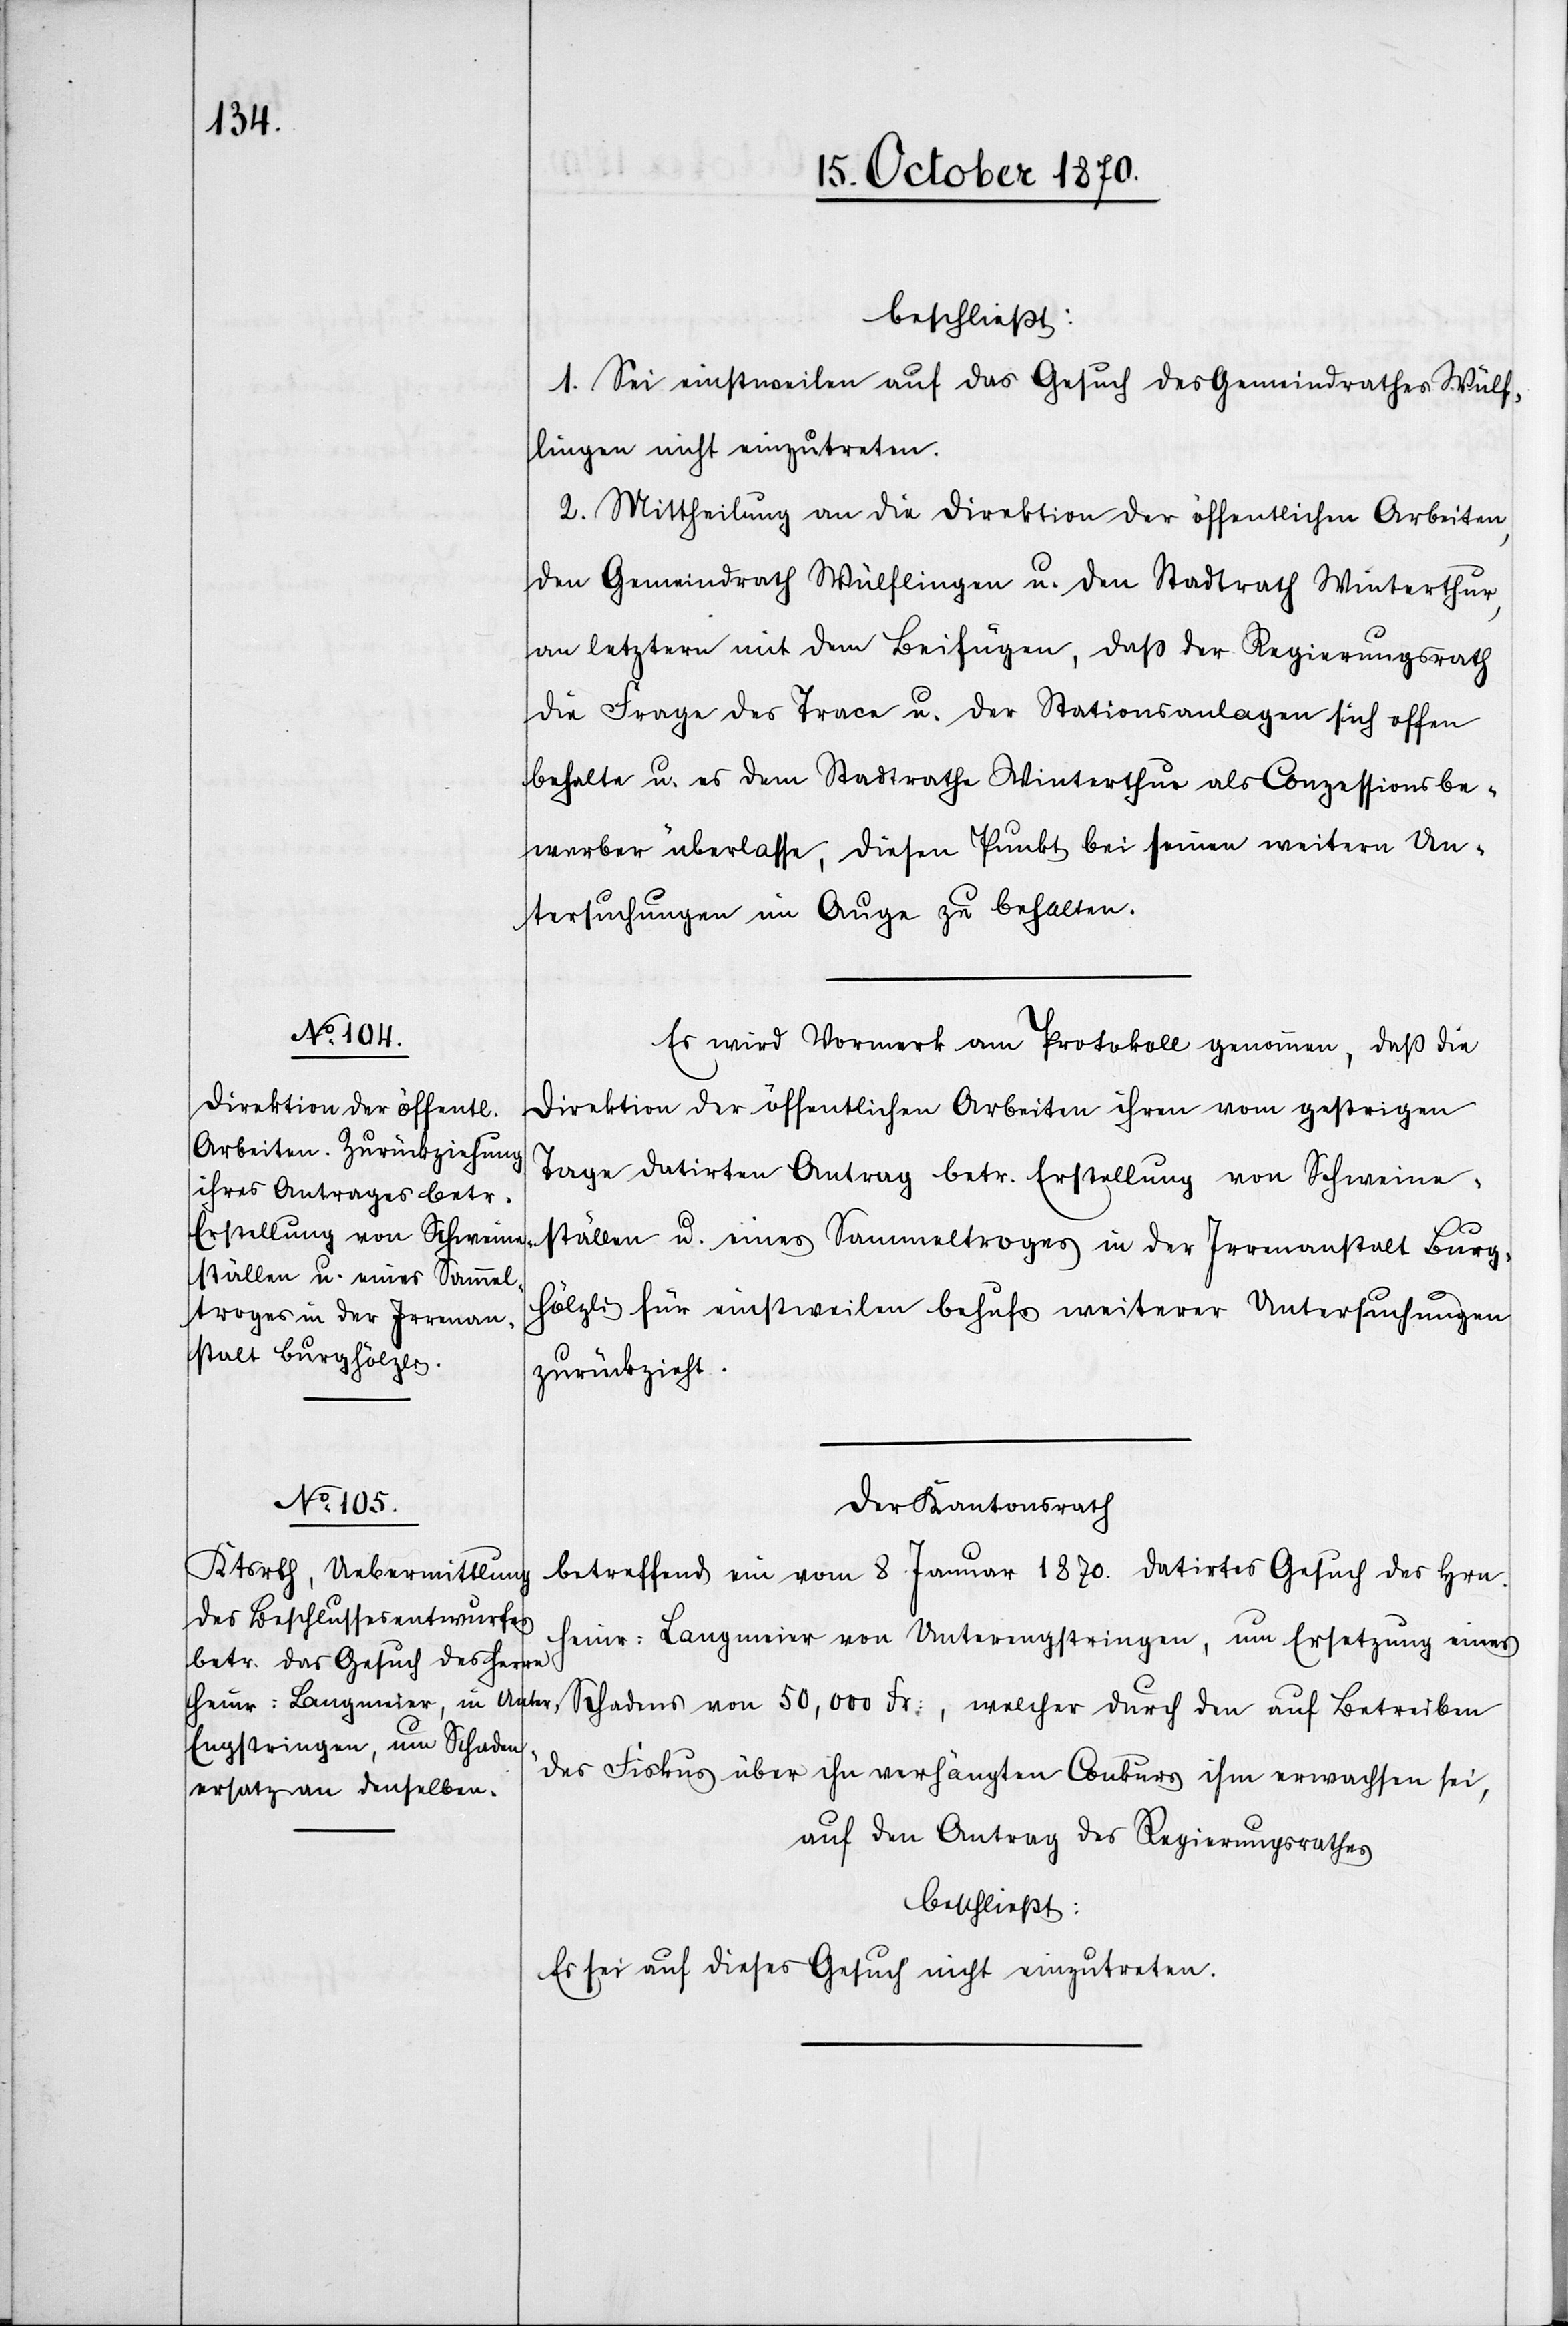
beschließt:
1. Sei einstweilen auf das Gesuch des Gemeindrathes Wülf¬
lingen nicht einzutreten.
2. Mittheilung an die Direktion der öffentlichen Arbeiten,
den Gemeindrath Wülflingen u. den Stadtrath Winterthur,
an letztern mit dem Beifügen, daß der Regierungsrath
die Frage der Trace u. der Stationsanlagen sich offen
behalte. u es dem Stadtrathe Winterthur als Conzessionsbe¬
werber überlasse, diesen Punkt bei seinen weitern Un¬
tersuchungen im Auge zu behalten.
Es wird Vormerk am Protokoll genommen, daß die
Direktion der öffentlichen Arbeiten ihren vom gestrigen
Tage datirten Antrag betr. Erstellung von Schreiner¬
ställen u. eines Sammeltroges in der Irrenanstalt Burg¬
hölzli für einstweilen behufs weiterer Untersuchungen
zurückzieht.
Der Kantonsrath
betreffend ein vom 8. Januar 1870. datirtes Gesuch des Hrn.
Heier-Langmeier von Unterengstringen, um Ersetzung eines
Schadens von 50,000 Fr:, welcher durch den auf Betreiben
des Fiskus über ihn verhängten Conkurs ihm erwachsen sei,
auf den Antrag des Regierungsrathes
beschließt:
Es sei auf dieses Gesuch nicht einzutreten.